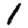
Digit: 1